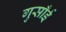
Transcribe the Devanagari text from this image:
गुसाँई